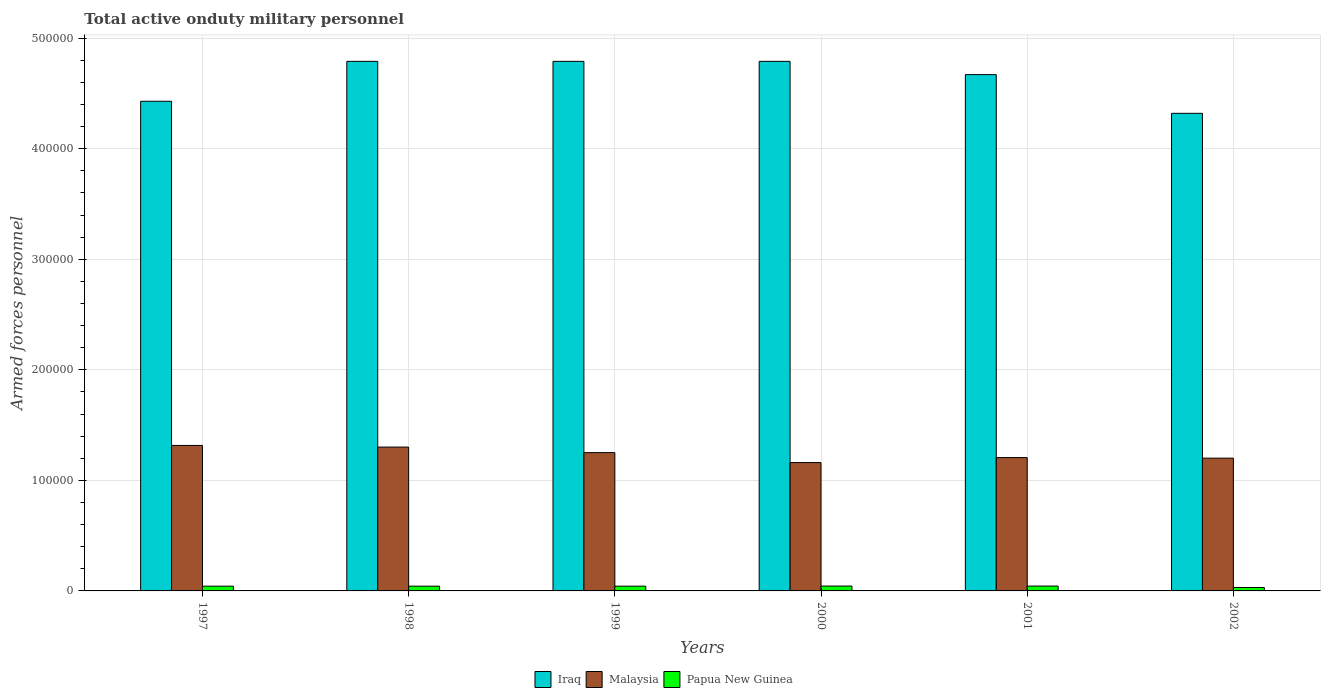
| Years | Iraq | Malaysia | Papua New Guinea |
 | --- | --- | --- | --- |
 | 1997 | 4.43e+05 | 1.32e+05 | 4.3e+03 |
 | 1998 | 4.79e+05 | 1.3e+05 | 4.3e+03 |
 | 1999 | 4.79e+05 | 1.25e+05 | 4.3e+03 |
 | 2000 | 4.79e+05 | 1.16e+05 | 4.4e+03 |
 | 2001 | 4.67e+05 | 1.21e+05 | 4.4e+03 |
 | 2002 | 4.32e+05 | 1.2e+05 | 3.1e+03 |